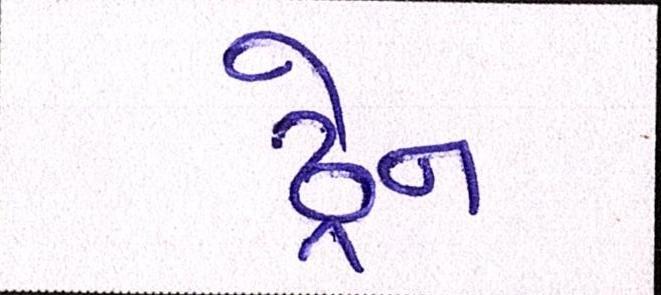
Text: ડ્રેન